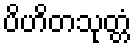
ပိဟိတသုတ္တံ